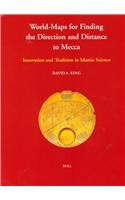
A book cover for Islamic Philosophy, Theology and Science. Texts and Studies, World-Maps for Finding the Direction and Distance to Mecca: Innovation and Tradition in I; David A. King; Religion & Spirituality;